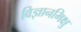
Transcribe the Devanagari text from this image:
विज्ञानमिक्षु